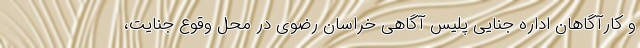
و کارآگاهان اداره جنایی پلیس آگاهی خراسان رضوی در محل وقوع جنایت،